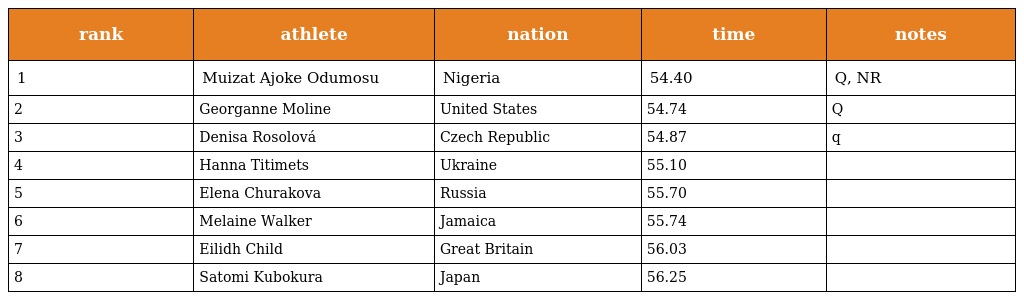
| rank | athlete | nation | time | notes |
 | --- | --- | --- | --- | --- |
 | 1 | Muizat Ajoke Odumosu | Nigeria | 54.40 | Q, NR |
 | 2 | Georganne Moline | United States | 54.74 | Q |
 | 3 | Denisa Rosolová | Czech Republic | 54.87 | q |
 | 4 | Hanna Titimets | Ukraine | 55.10 |  |
 | 5 | Elena Churakova | Russia | 55.70 |  |
 | 6 | Melaine Walker | Jamaica | 55.74 |  |
 | 7 | Eilidh Child | Great Britain | 56.03 |  |
 | 8 | Satomi Kubokura | Japan | 56.25 |  |